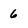
Character: 6